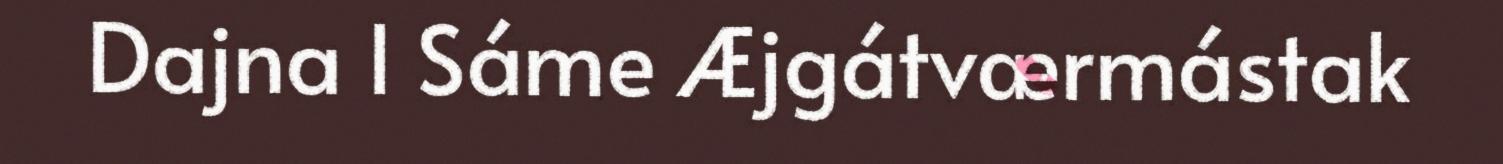
Dajna l Sáme Æjgátværmástak